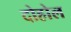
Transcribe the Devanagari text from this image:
दोहोल